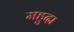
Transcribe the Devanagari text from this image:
महुदा